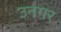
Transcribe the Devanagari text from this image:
उनगर